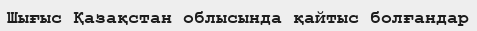
Шығыс Қазақстан облысында қайтыс болғандар